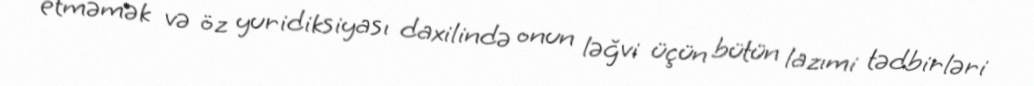
etməmək və öz yuridiksiyası daxilində onun ləğvi üçün bütün lazımi tədbirləri